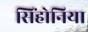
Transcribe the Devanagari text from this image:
सिंहोनिया